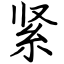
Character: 紧